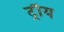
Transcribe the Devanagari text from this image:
ट्रौय